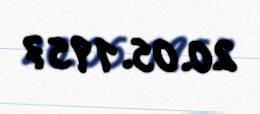
20.05.1957